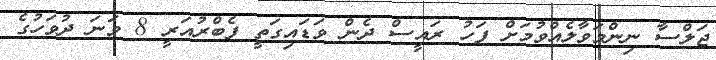
ޖަލްސާ ނިންމަވާލެއްވުމަށް ފަހު ރައީސް ދެން ވަޑައިގަތީ ފެބްރުއަރީ 8 ވަނަ ދުވަހުގެ